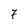
Character: 7